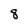
Character: 8